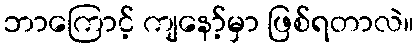
ဘာကြောင့် ကျနော့်မှာ ဖြစ်ရတာလဲ။